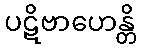
ပဋိဗာဟေန္တိ